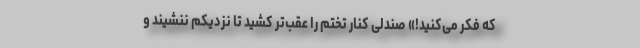
که فکر می‌کنید!» صندلی کنار تختم را عقب‌تر کشید تا نزدیکم ننشیند و